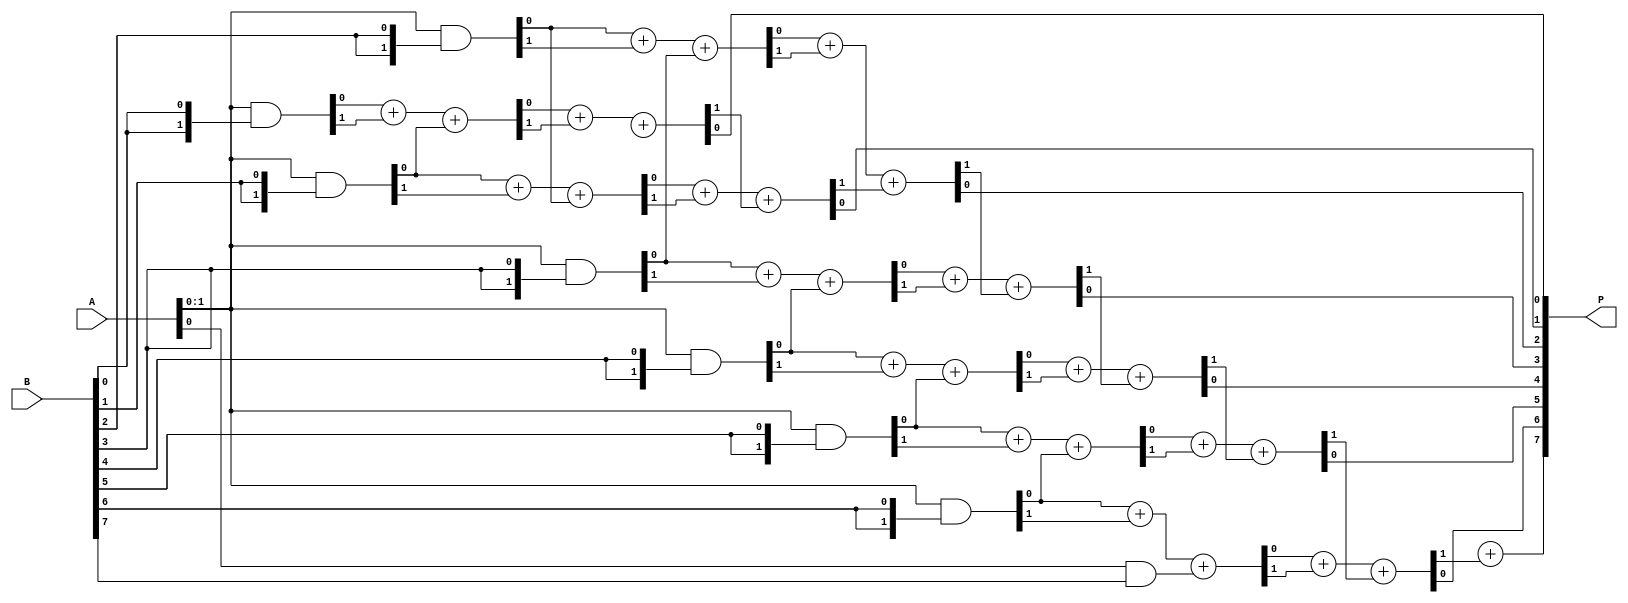
module scalable_wallace_tree_multiplier #(parameter N = 8) (
    input  [N-1:0] A,
    input  [N-1:0] B,
    output [2*N-1:0] P
);

// Generate Partial Products
wire [N-1:0] pp [0:N-1]; // Partial products
genvar i, j;
generate
    for (i = 0; i < N; i = i + 1) begin : pp_gen
        assign pp[i] = A & {N{B[i]}};
    end
endgenerate

// Wallace Tree Reduction
wire [N-1:0] sum [0:N-1]; // Sums at each level
wire [N-1:0] carry [0:N-1]; // Carries at each level

// Initial stage of addition (using half adders and full adders)
generate
    for (i = 0; i < N; i = i + 1) begin : add_stage
        if (i < N-1) begin
            // Full adder
            assign {carry[i+1], sum[i]} = pp[i][0] + pp[i][1] + pp[i+1][0]; // Example for 3 inputs
        end
    end
endgenerate

// Final stage of addition to get the final product
wire [2*N-1:0] final_sum; // Final sum
wire [2*N-1:0] final_carry; // Final carry

generate
    for (i = 0; i < N; i = i + 1) begin : final_add
        if (i == 0) begin
            assign {final_carry[i+1], final_sum[i]} = sum[i][0] + sum[i][1] + carry[i][0];
        end else if (i < N-1) begin
            assign {final_carry[i+1], final_sum[i]} = sum[i][0] + sum[i][1] + final_carry[i];
        end else begin
            assign final_sum[i] = sum[i][0] + final_carry[i];
        end
    end
endgenerate

// Assign the final product output
assign P = final_sum;

endmodule